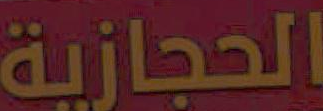
الحجازية